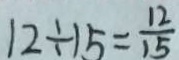
1 2 \div 1 5 = \frac { 1 2 } { 1 5 }